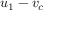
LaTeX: u _ { 1 } - v _ { c }